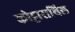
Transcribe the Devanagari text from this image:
कोट्टाराथिल